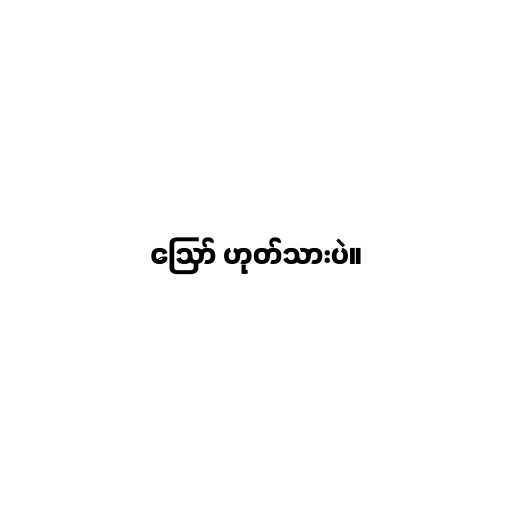
ဪ ဟုတ်သားပဲ။